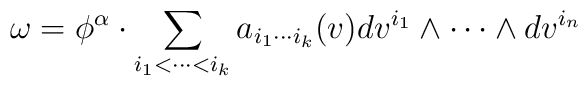
\omega = \phi^{\alpha}\cdot\sum_{i_{1}<\cdots<i_{k}}a_{i_{1}\cdots i_{k}}(v) dv^{i_{1}}\wedge\cdots\wedge dv^{i_{n}}